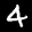
Label: 4